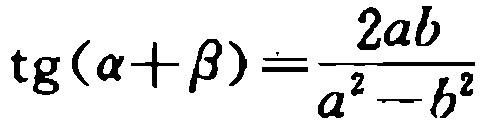
\(\mathrm{tg}(\alpha + \beta)=\frac{2ab}{a^{2}-b^{2}}\)